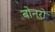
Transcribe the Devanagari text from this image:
बोनरो